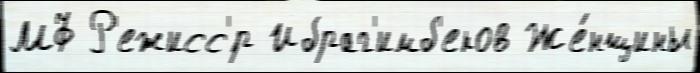
МФ Р'ежисс'́р Ибраг'имб'еков Же́нщины